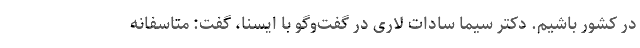
در کشور باشیم. دکتر سیما سادات لاری در گفت‌وگو با ایسنا، گفت: متاسفانه